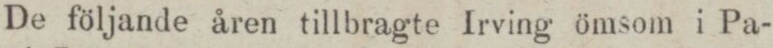
De följande åren tillbragte Irving ömsom i Pa-